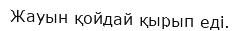
Жауын қойдай қырып еді.